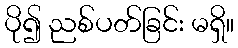
ပို၍ ညစ်ပတ်ခြင်း မရှိ။